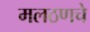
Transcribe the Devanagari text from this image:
मलठणचे